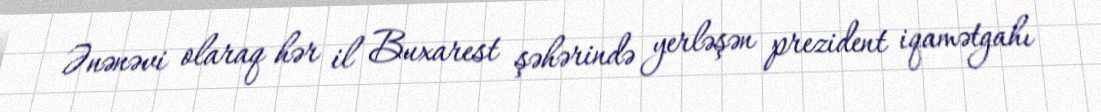
Ənənəvi olaraq hər il Buxarest şəhərində yerləşən prezident iqamətgahı